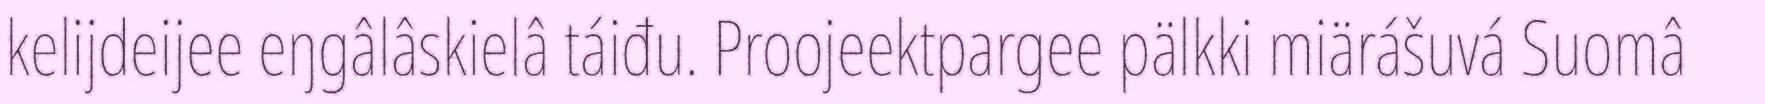
kelijdeijee eŋgâlâskielâ táiđu. Proojeektpargee pälkki miärášuvá Suomâ